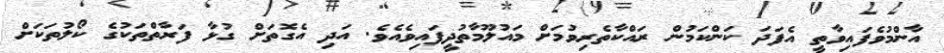
އާންމުވެފައިވާތީ އެފަދަ ކަންކަމުން ރައްކާތެރިވުމަށް މައުލޫމާތުދީފައިވެއެވެ. އަދި އެގޮތަށް ގުޅާ ފަރާތްތަކުގެ ކޯލުތަކަށް